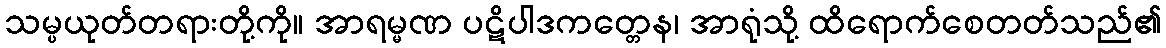
သမ္ပယုတ်တရားတို့ကို။ အာရမ္မဏ ပဋိပါဒကတ္တေန၊ အာရုံသို့ ထိရောက်စေတတ်သည်၏